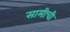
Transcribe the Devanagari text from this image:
सामीची